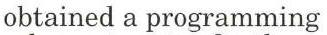
obtained a programming